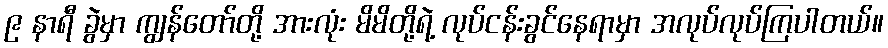
၉ နာရီ ခွဲမှာ ကျွန်တော်တို့ အားလုံး မိမိတို့ရဲ့ လုပ်ငန်းခွင်နေရာမှာ အလုပ်လုပ်ကြပါတယ်။